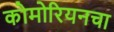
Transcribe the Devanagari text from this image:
कोमोरियनचा